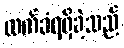
လက်ခံရရှိခဲ့သည်